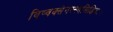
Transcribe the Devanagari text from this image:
विष्वक्सेनस्स्वसिद्धिदः।